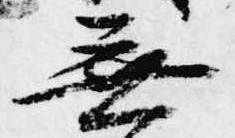
無